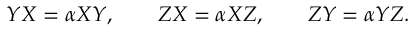
Y X = \alpha X Y , \qquad Z X = \alpha X Z , \qquad Z Y = \alpha Y Z .